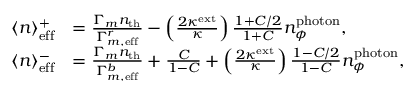
\begin{array} { r l } { \langle n \rangle _ { \mathrm { e f f } } ^ { + } } & { = \frac { \Gamma _ { m } n _ { \mathrm { t h } } } { \Gamma _ { m , \mathrm { e f f } } ^ { r } } - \left( \frac { 2 \kappa ^ { \mathrm { e x t } } } { \kappa } \right) \frac { 1 + C / 2 } { 1 + C } n _ { \phi } ^ { \mathrm { p h o t o n } } , } \\ { \langle n \rangle _ { \mathrm { e f f } } ^ { - } } & { = \frac { \Gamma _ { m } n _ { \mathrm { t h } } } { \Gamma _ { m , \mathrm { e f f } } ^ { b } } + \frac { C } { 1 - C } + \left( \frac { 2 \kappa ^ { \mathrm { e x t } } } { \kappa } \right) \frac { 1 - C / 2 } { 1 - C } n _ { \phi } ^ { \mathrm { p h o t o n } } , } \end{array}